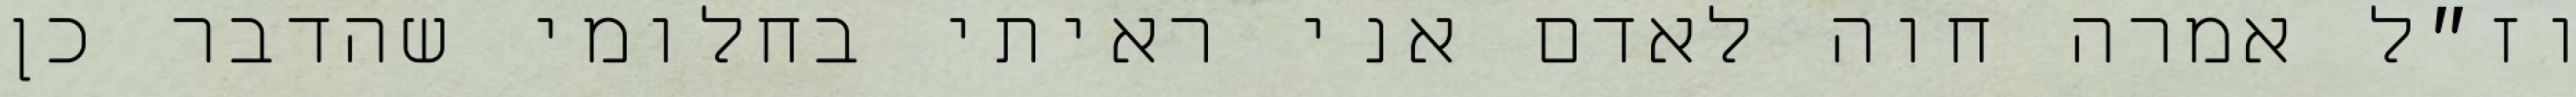
וז״ל אמרה חוה לאדם אני ראיתי בחלומי שהדבר כן